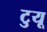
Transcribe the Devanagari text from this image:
टुयू